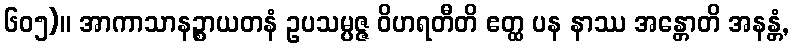
၆၀၅)။ အာကာသာနဉ္စာယတနံ ဥပသမ္ပဇ္ဇ ဝိဟရတီတိ ဧတ္ထ ပန နာဿ အန္တောတိ အနန္တံ,